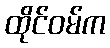
ထိုင်ဝမ်က